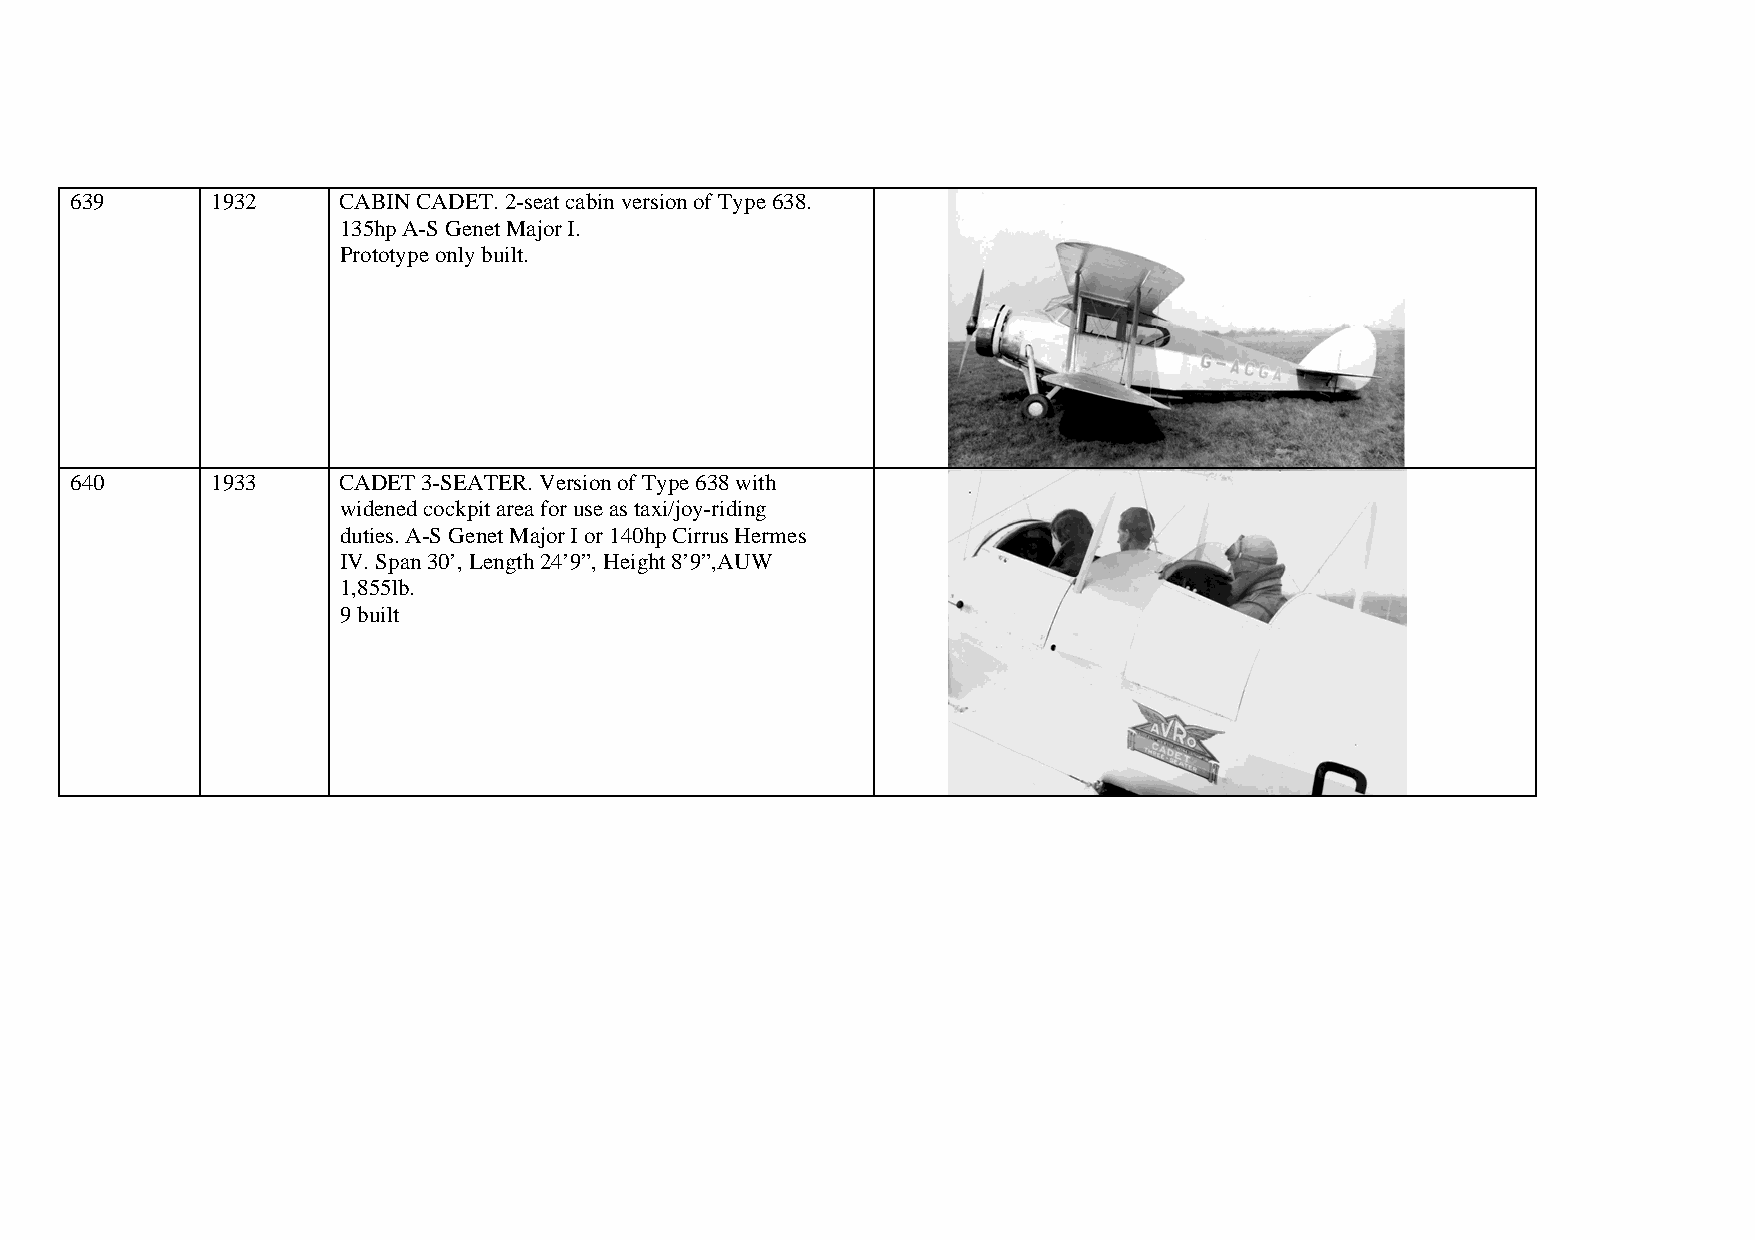
639      1932    CABIN CADET. 2-seat cabin version of Type 638.
 135hp A-S Genet Major I.
 Prototype only built.
 640      1933    CADET 3-SEATER. Version of Type 638 with
 widened cockpit area for use as taxi/joy-riding
 duties. A-S Genet Major I or 140hp Cirrus Hermes
 IV. Span 30’, Length 24’9”, Height 8’9”,AUW
 1,855lb.
 9 built